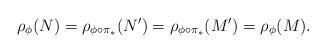
LaTeX: \begin{align*}\rho_{\phi}(N) = \rho_{\phi\circ \pi_*}(N') = \rho_{\phi\circ \pi_*}(M') = \rho_{\phi}(M). \end{align*}